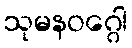
သုမနဝဂ္ဂေါ